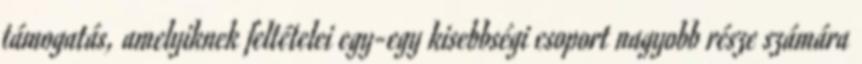
támogatás, amelyiknek feltételei egy-egy kisebbségi csoport nagyobb része számára